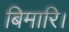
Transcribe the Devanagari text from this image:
बिमारि।